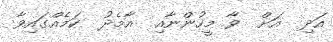
އަދި  އަށް  ވާ މީހުންނާއި  އާމެދު  ކަމެއްގައިވާ